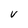
Character: v